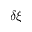
\delta \xi